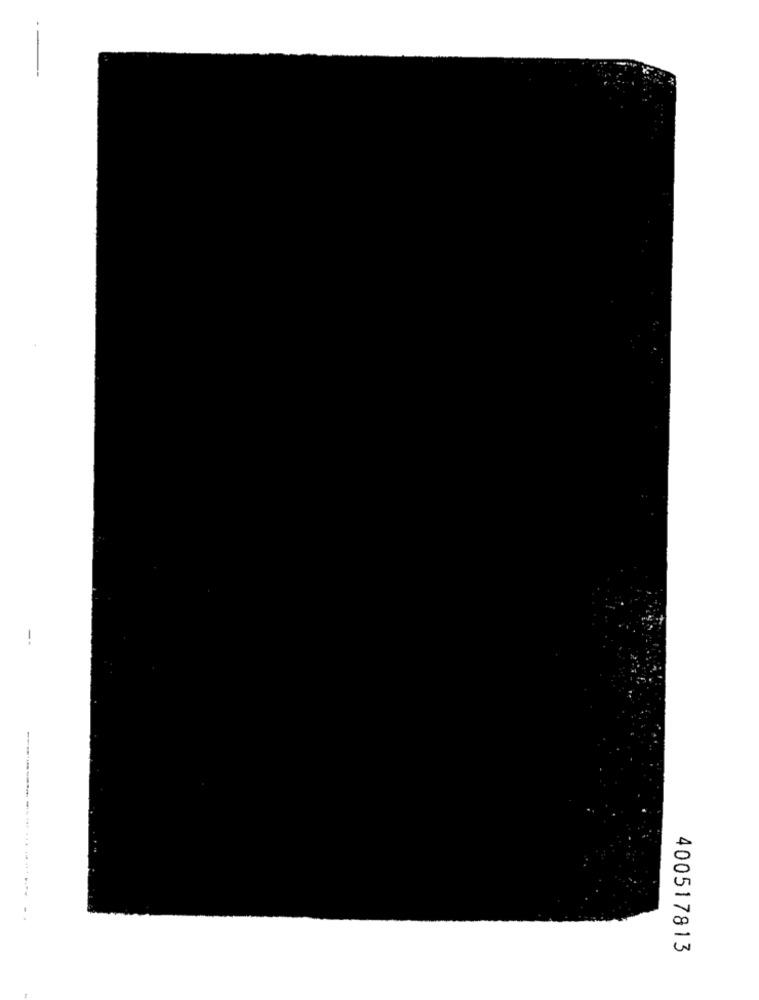
400517813